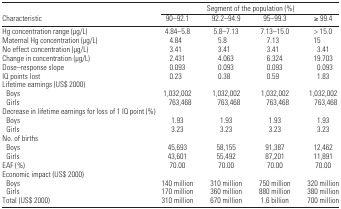
<table><thead><tr><td></td><td colspan="4"><b>Segment of the population (%)</b></td></tr><tr><td><b>Characteristic</b></td><td><b>90–92.1</b></td><td><b>92.2–94.9</b></td><td><b>95–99.3</b></td><td><b>≥ 99.4</b></td></tr></thead><tbody><tr><td>Hg concentration range (μg/L)</td><td>4.84–5.8</td><td>5.8–7.13</td><td>7.13–15.0</td><td>&gt; 15.0</td></tr><tr><td>Maternal Hg concentration (μg/L)</td><td>4.84</td><td>5.8</td><td>7.13</td><td>15</td></tr><tr><td>No effect concentration (μg/L)</td><td>3.41</td><td>3.41</td><td>3.41</td><td>3.41</td></tr><tr><td>Change in concentration (μg/L)</td><td>2.431</td><td>4.063</td><td>6.324</td><td>19.703</td></tr><tr><td>Dose–response slope</td><td>0.093</td><td>0.093</td><td>0.093</td><td>0.093</td></tr><tr><td>IQ points lost</td><td>0.23</td><td>0.38</td><td>0.59</td><td>1.83</td></tr><tr><td colspan="5">Lifetime earnings (US$ 2000)</td></tr><tr><td> Boys</td><td>1,032,002</td><td>1,032,002</td><td>1,032,002</td><td>1,032,002</td></tr><tr><td> Girls</td><td>763,468</td><td>763,468</td><td>763,468</td><td>763,468</td></tr><tr><td colspan="5">Decrease in lifetime earnings for loss of 1 IQ point (%)</td></tr><tr><td> Boys</td><td>1.93</td><td>1.93</td><td>1.93</td><td>1.93</td></tr><tr><td> Girls</td><td>3.23</td><td>3.23</td><td>3.23</td><td>3.23</td></tr><tr><td colspan="5">No. of births</td></tr><tr><td> Boys</td><td>45,693</td><td>58,155</td><td>91,387</td><td>12,462</td></tr><tr><td> Girls</td><td>43,601</td><td>55,492</td><td>87,201</td><td>11,891</td></tr><tr><td>EAF (%)</td><td>70.00</td><td>70.00</td><td>70.00</td><td>70.00</td></tr><tr><td colspan="5">Economic impact (US$ 2000)</td></tr><tr><td> Boys</td><td>140 million</td><td>310 million</td><td>750 million</td><td>320 million</td></tr><tr><td> Girls</td><td>170 million</td><td>360 million</td><td>880 million</td><td>380 million</td></tr><tr><td>Total (US$ 2000)</td><td>310 million</td><td>670 million</td><td>1.6 billion</td><td>700 million</td></tr></tbody></table>